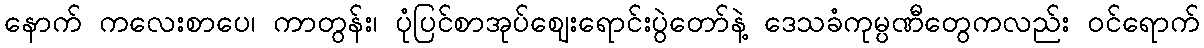
နောက် ကလေးစာပေ၊ ကာတွန်း၊ ပုံပြင်စာအုပ်ဈေးရောင်းပွဲတော်နဲ့ ဒေသခံကုမ္ပဏီတွေကလည်း ဝင်ရောက်